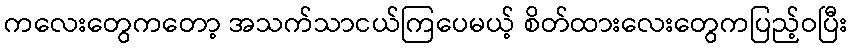
ကလေးတွေကတော့ အသက်သာငယ်ကြပေမယ့် စိတ်ထားလေးတွေကပြည့်ဝပြီး